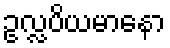
ဥလ္လပိယမာနော